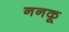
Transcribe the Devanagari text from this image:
ननकू